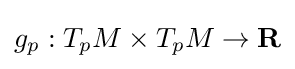
g_{p}:T_{p}M\times T_{p}M\to \mathbf {R}